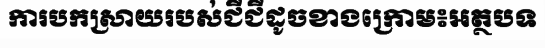
ការបកស្រាយរបស់ជីជីដូចខាងក្រោម៖អត្ថបទ